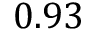
0 . 9 3